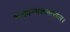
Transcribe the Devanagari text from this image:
भगवन्भक्तवत्सल।